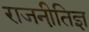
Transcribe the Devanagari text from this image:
राजनीति़ज्ञ